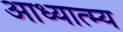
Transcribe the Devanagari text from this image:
आध्यात्म्य